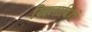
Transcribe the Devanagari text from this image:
खिलाडिय़ों